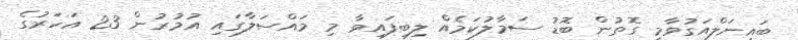
ބައިނަލްއަގުވާމީ ގޮތުން ބޮޑު ސަމާލުކަމެއް ލިބިފައިވާ މި މައްސަލާގައި އުމުރުން 23 އަހަރުގެ